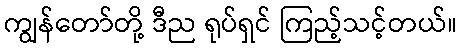
ကျွန်တော်တို့ ဒီည ရုပ်ရှင် ကြည့်သင့်တယ်။